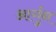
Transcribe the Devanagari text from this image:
आर्गुन